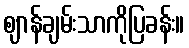
ဈာန်ချမ်းသာကိုပြခန်း။